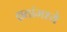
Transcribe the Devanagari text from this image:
व्रतांमध्ये